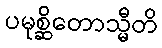
ပမုစ္ဆိတောသ္မီတိ